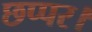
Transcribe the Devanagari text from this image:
छप्पर।